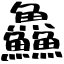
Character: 鱻